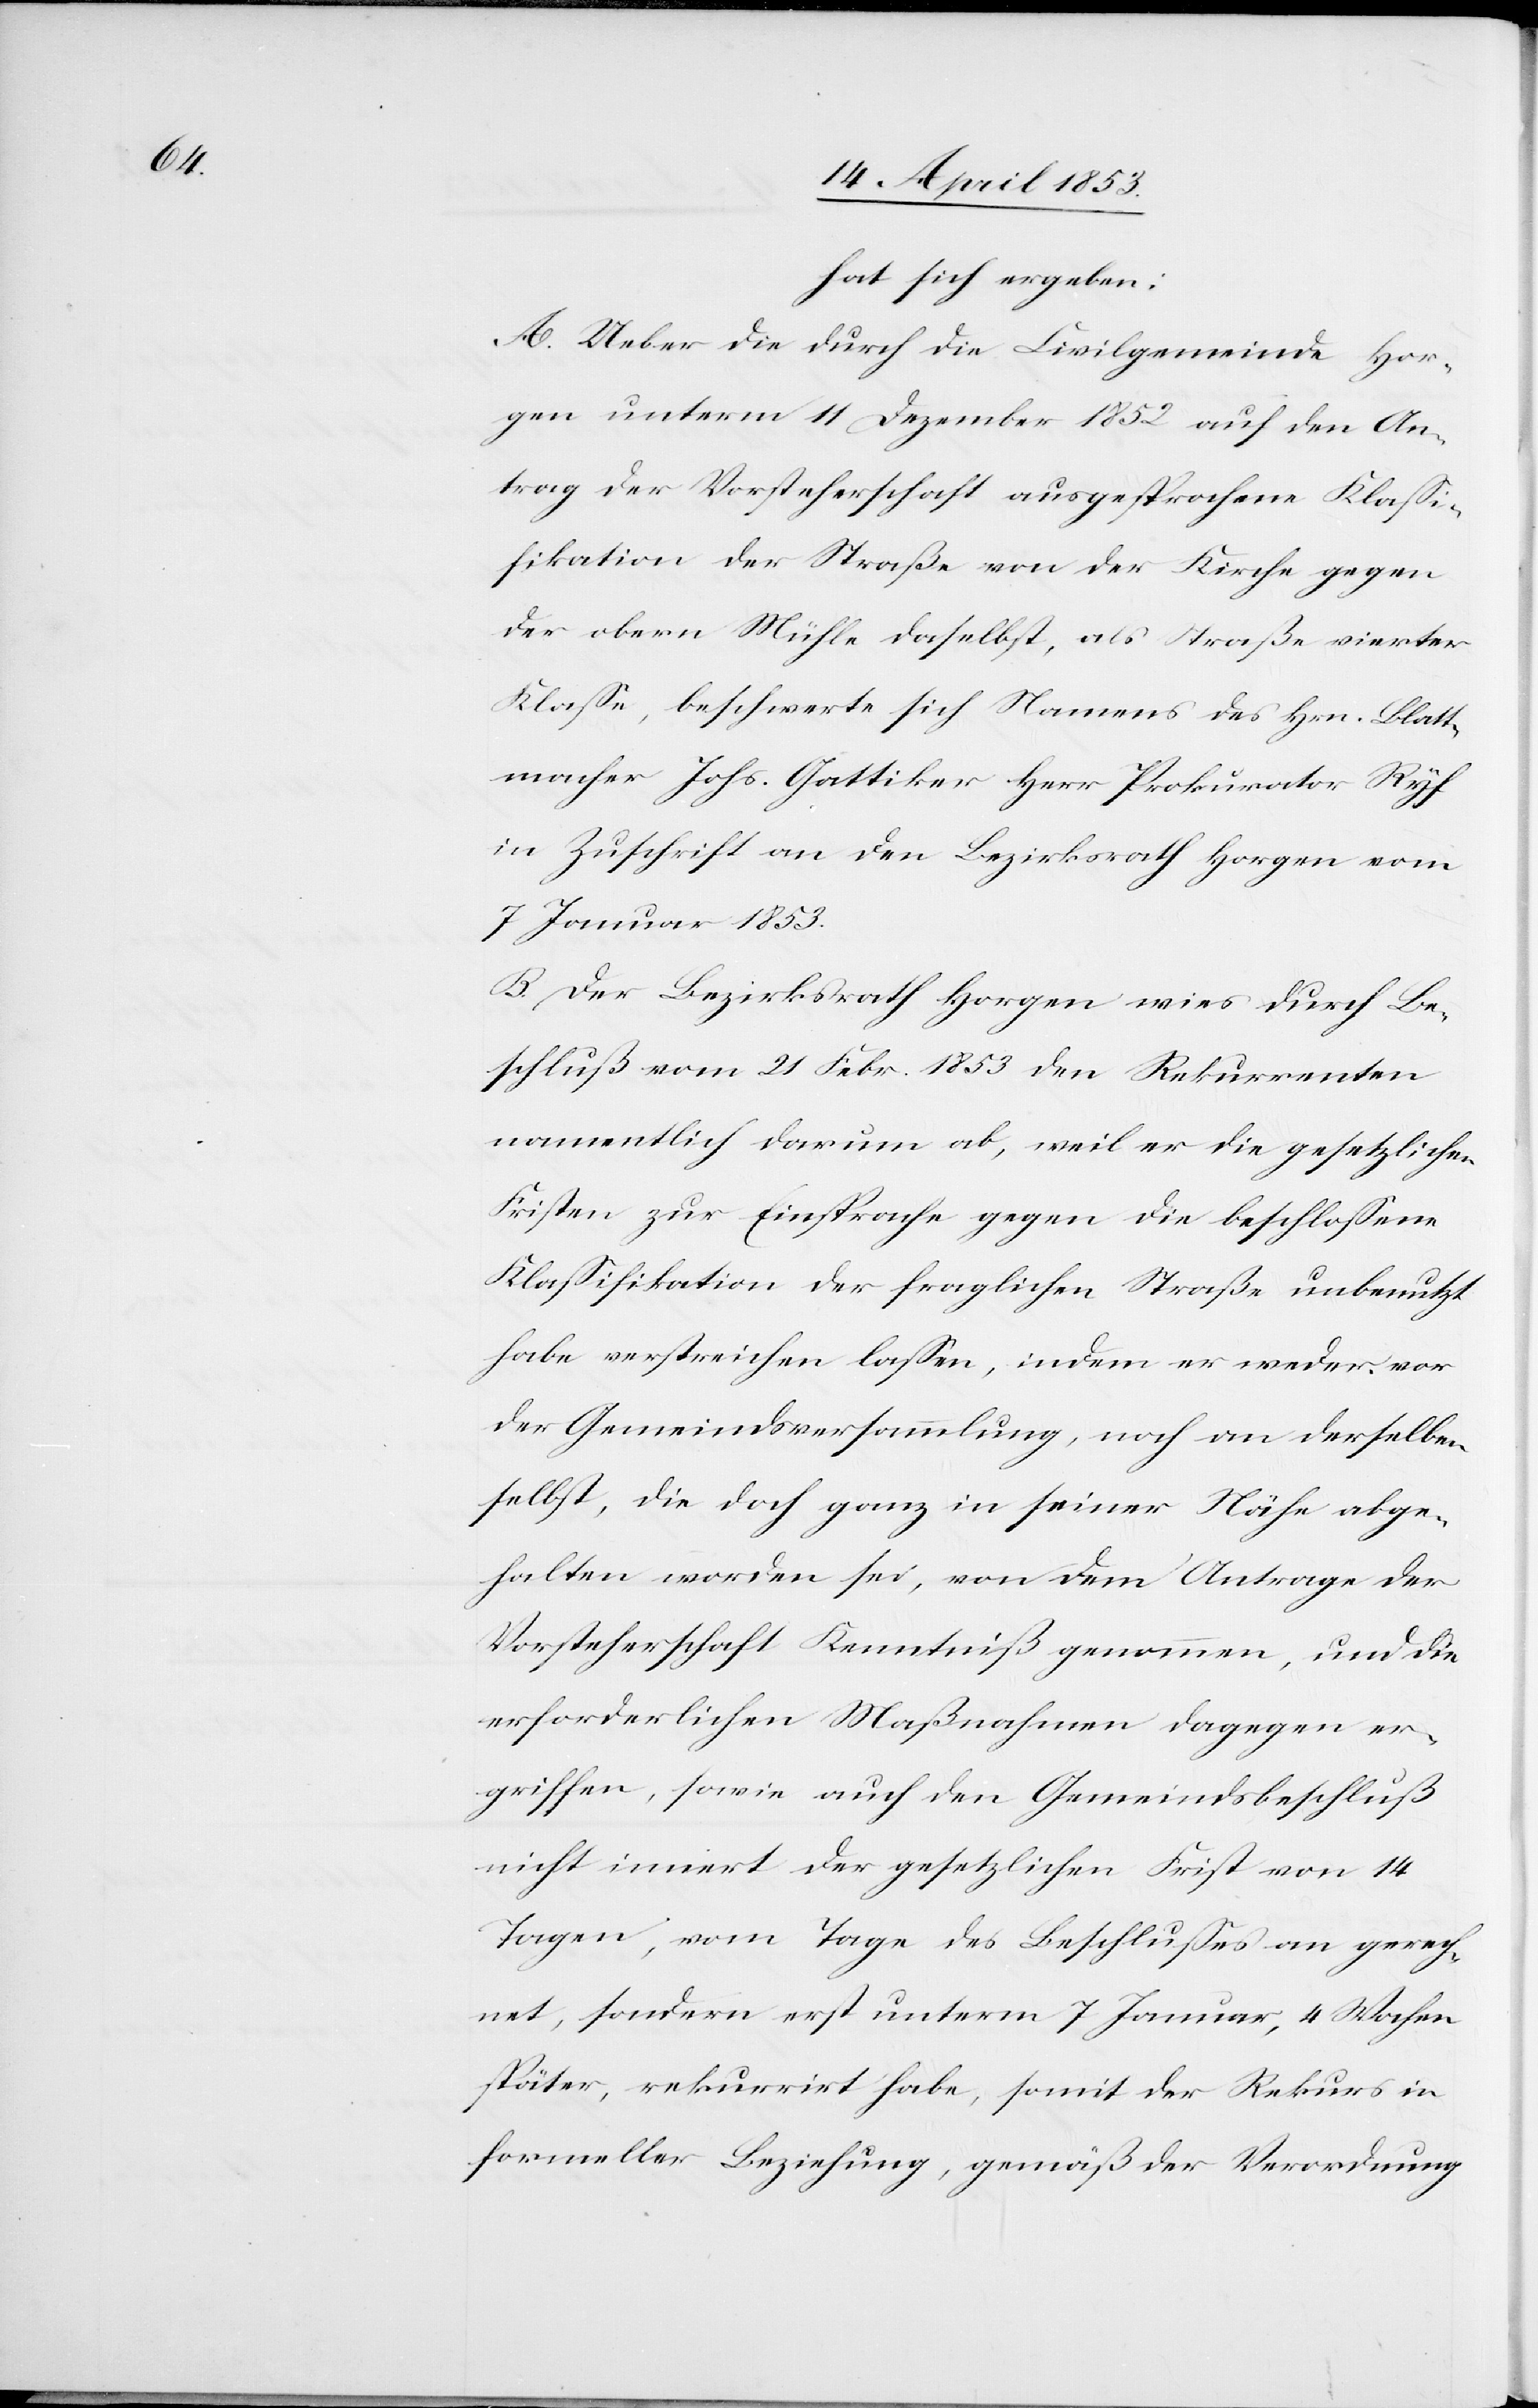
hat sich ergeben:
A. Ueber die durch die Civilgemeinde Hor¬
gen unterm 11 Dezember 1852 auf den An¬
trag der Vorsteherschaft ausgesprochene Klaßi¬
fikation der Straße von der Kirche gegen
der obern Mühle daselbst, als Straße vierter
Klaße, beschwerte sich Namens des Hrn. Blatt¬
macher Johs. Gattiker Herr Prokurator Ryf
in Zuschrift an den Bezirksrath Horgen vom
7 Januar 1853.
B. Der Bezirksrath Horgen wies durch Be¬
schluß vom 21 Febr. 1853 den Rekurrenten
namentlich darum ab, weil er die gesetzlichen
Fristen zur Einsprache gegen die beschloßene
Klaßifikation der fraglichen Straße unbenutzt
habe verstreichen laßen, indem er weder vor
der Gemeindsversammlung, noch an derselben
selbst, die doch ganz in seiner Nähe abge¬
halten worden sei, von dem Antrage der
Vorsteherschaft Kenntniß genommen, und die
erforderlichen Maßnahmen dagegen er¬
griffen, sowie auch den Gemeindsbeschluß
nicht innert der gesetzlichen Frist von 14
Tagen, vom Tage des Beschlußes an gerech¬
net, sondern erst unterm 7 Januar, 4 Wochen
später, rekurrirt habe, somit der Rekurs in
formeller Beziehung, gemäß der Verordnung